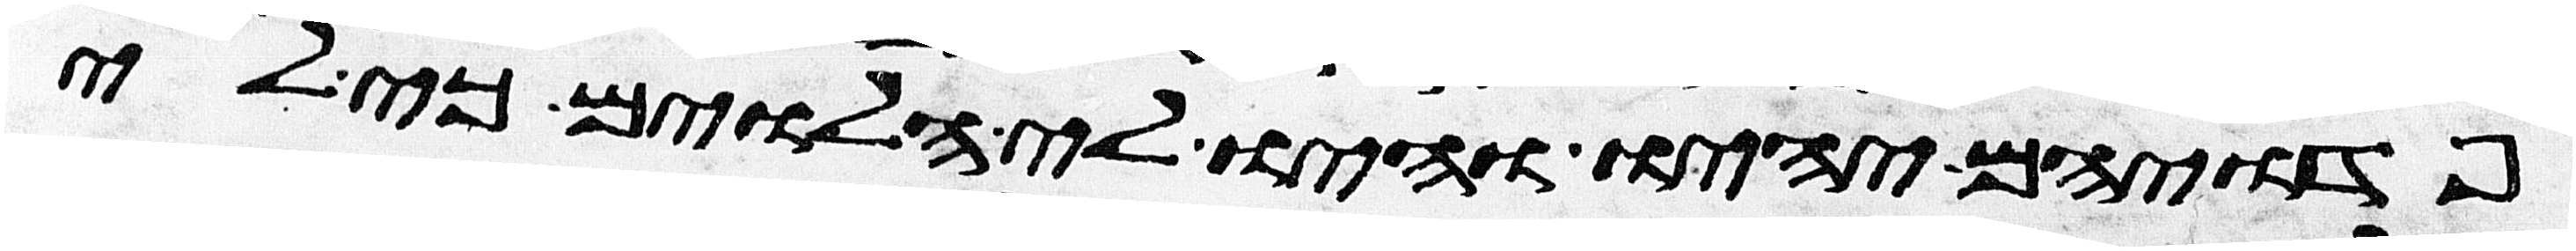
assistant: פדויהם יהיו והיו לי הלוים כי לי